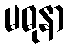
မဓုနာ